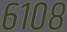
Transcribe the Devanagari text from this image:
६१०८